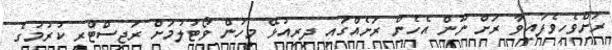
ރަށްވެހިވެފައިވާ ރަށް ނޫން އެހެން ރަށެއްގައި ދިރިއުޅޭ މީހުން ވޯޓުލުމަށް ރަޖިސްޓްރީ ކުރުމުގެ